Leaving Certificate, 1900
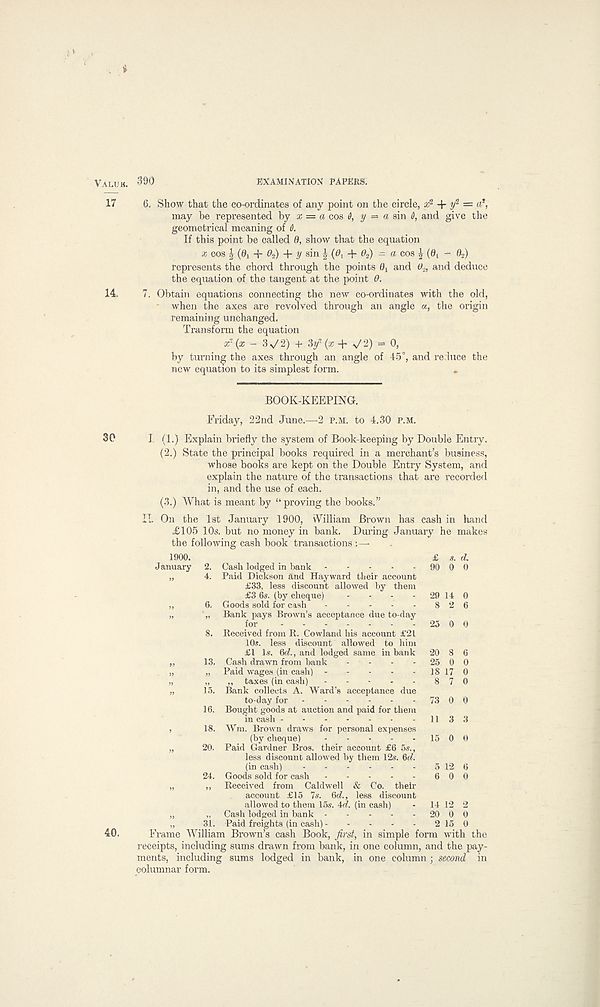
390
EXAMINATION PAPERS.
6. Show that the co-ordinates of any point on the circle, a; 2 + y 2 —
may be represented by x = a cos 8, y = a sin 6, and give the
geometrical meaning of 8.
If this point be called fl, show that the equation
a; cos ^ (0! + £> 2 ) + y sin \ (0 t d- 0 2 ) - a cos \ (0 t - 0 2 )
represents the chord through the points and 6» 2 , and deduce
the equation of the tangent at the point Q.
7. Obtain equations connecting the new co-ordinates with the old,
when the axes are revolved through an angle «, the origin
remaining unchanged.
Transform the equation
xr (x - 3 >/ 2) + 3y 2 (a: -f V 2) = 0,
by turning the axes through an angle of 45°, and reduce the
new equation to its simplest form.
BOOK-KEEPING.
Friday, 22nd June.—2 p.m. to 4.30 p.m.
I (1.) Explain briefly the system of Book-keeping by Double Entry.
(2.) State the principal books required in a merchant’s business,
whose books are kept on the Double Entry System, and
explain the nature of the transactions that are recorded
in, and the use of each.
(3.) What is meant by “ proving the books.”
IT. On the 1st January 1900, William Brown has cash in hand
£105 10s. but no money in bank. During January he makes
the following cash book transactions
29 14 0
20 8
25 0
18 17
1900.
January 2. Cash lodged in bank
„ 4. Paid Dickson and Hayward their account
£33, less discount allowed by them
£3 6s. (by cheque)
„
6. Goods sold for cash
„
„ Bank pays Brown’s acceptance due to-day
for
8. Received from R. Cowland his account £21
10s. less discount allowed to him
£1 Is. 6r7., and lodged same in bank
„ 13. Cash drawn from bank
„
„ Paid wages (in cash) -
„
„ „ taxes (in cash) . . - . .
„ 15. Bank collects A. Ward’s acceptance due
to-day for
16. Bought goods at auction and paid for them
in cash
-
,
18. Wm. Brown draws for personal expenses
(by cheque)
„ 20. Paid Gardner Bros, their account £6 5s.,
less discount allowed by them 12s. &d.
(in cash) -
24. Goods sold for cash
„
„ Received from Caldwell & Co. their
account £15 7s. &d., less discount
allowed to them 15s. 4td. (in cash)
„
„ Cash lodged in bank - - - -
„ 31. Paid freights (in cash) - - - .
Frame William Brown’s cash Book, first, in simple form with the
receipts, including sums drawn from bank, in one column, and the pay-
ments, including sums lodged in bank, in one column ; second in
columnar form.
73 0
15 0
> 12 6
14 12 2
20 0 0
2 15